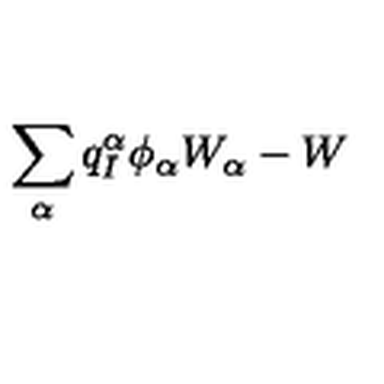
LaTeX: \sum _ { \alpha } q _ { I } ^ { \alpha } \phi _ { \alpha } W _ { \alpha } - W